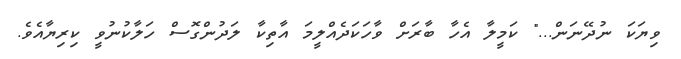
ވިޔަކަ ނުދޭނަން..." ކަމީލާ އެހާ ބާރަށް ވާހަކަދެއްލީމަ އާތިކާ ލަދުންގޮސް ހަލާކުނުވީ ކިރިޔާއެވެ.